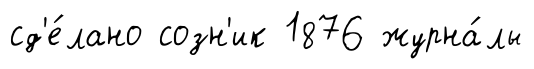
сд'е́лано созн'ик 1876 журна́лы